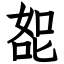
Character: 㖲